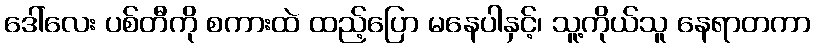
ဒေါ်လေး ပစ်တီကို စကားထဲ ထည့်ပြော မနေပါနှင့်၊ သူ့ကိုယ်သူ နေရာတကာ